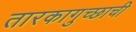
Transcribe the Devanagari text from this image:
तारकागुच्छाची